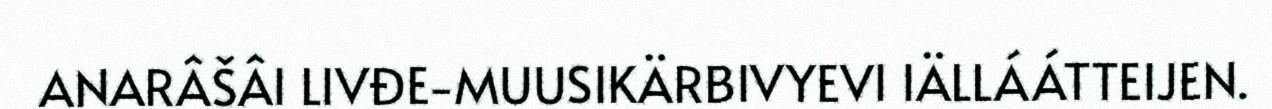
ANARÂŠÂI LIVĐE-MUUSIKÄRBIVYEVI IÄLLÁÁTTEIJEN.